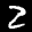
Label: 2